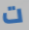
ت